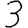
Digit: 3